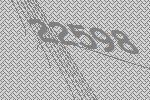
22598